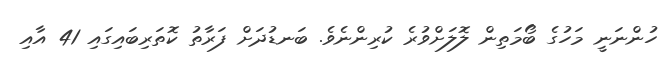
ހުންނަނީ މަހުގެ ބޯމަތިން ލޮލަށްވުރެ ކުރިންނެވެ. ބަނޑުދަށް ފަރާތު ކޮތަރިބައިގައި 41 އާއި